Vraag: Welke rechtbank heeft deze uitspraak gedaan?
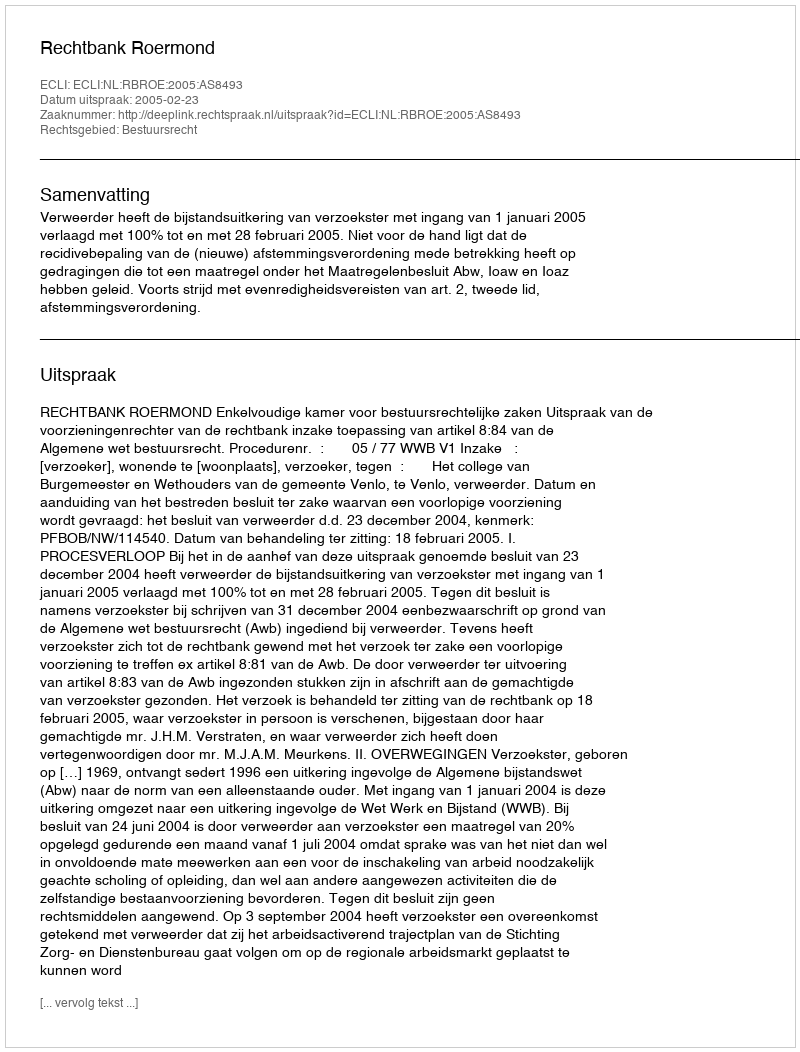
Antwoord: Rechtbank Roermond